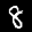
Label: 8